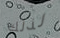
لذلك